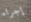
إجراء